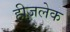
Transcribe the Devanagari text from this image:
हीजलेक